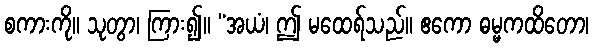
စကားကို။ သုတွာ၊ ကြား၍။ “အယံ၊ ဤ မထေရ်သည်။ ဧကော ဓမ္မကထိတော၊